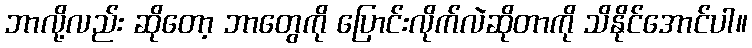
ဘာလို့လည်း ဆိုတော့ ဘာတွေကို ပြောင်းလိုက်လဲဆိုတာကို သိနိုင်အောင်ပါ။